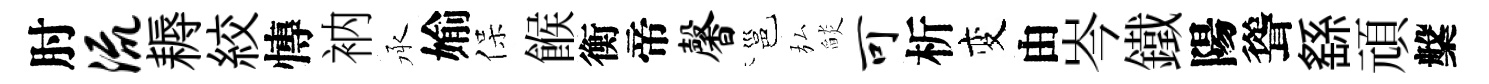
肘流耨絞慱衲承媮保餱衡帝馨邕弘𦦨可析变由岑鐵陽聳繇頑槃